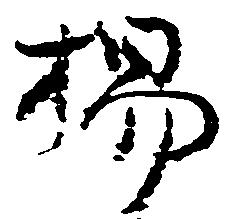
楊